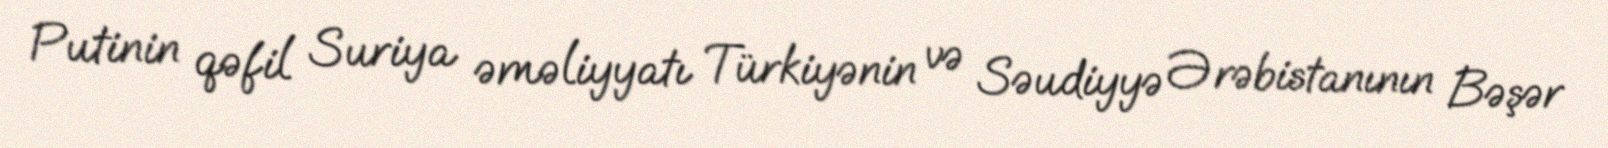
Putinin qəfil Suriya əməliyyatı Türkiyənin və Səudiyyə Ərəbistanının Bəşər